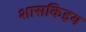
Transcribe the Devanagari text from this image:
शासकिइय